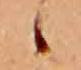
ゝ